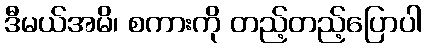
ဒီမယ်အမိ၊ စကားကို တည့်တည့်ပြောပါ